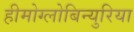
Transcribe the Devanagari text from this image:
हीमोग्लोबिन्युरिया